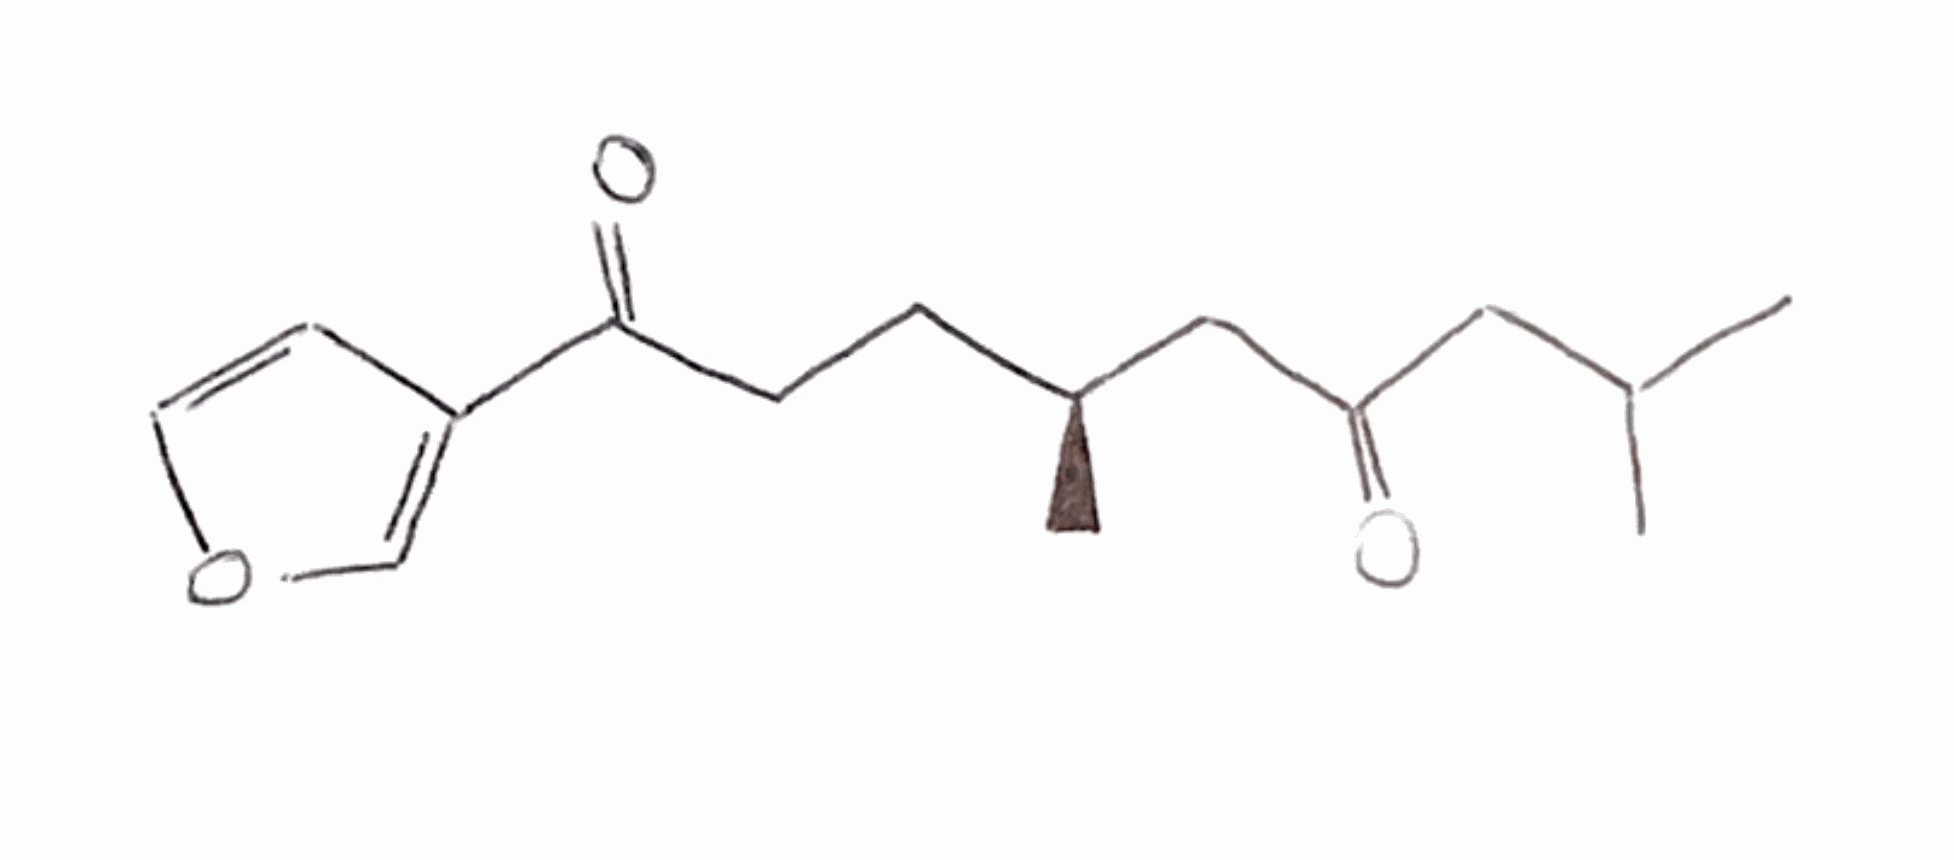
Simplified molecular-input line-entry system (SMILES) notation of the given molecule:
C[C@@H](CCC(=O)C1=COC=C1)CC(=O)CC(C)C